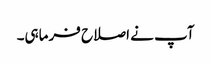
آپ نے اصلاح فرماہی۔